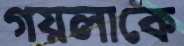
গয়লাকে